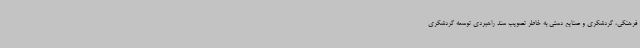
فرهنگی، گردشگری و صنایع دستی به خاطر تصویب سند راهبردی توسعه گردشگری